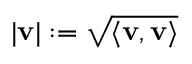
| \mathbf { v } | : = { \sqrt { \langle \mathbf { v } , \mathbf { v } \rangle } }